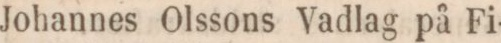
Johannes Olssons Vadlag på Fi-